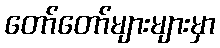
တော်တော်များများမှာ